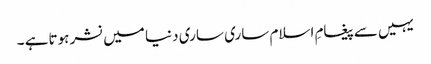
یہیں سےپیغامِ اسلام ساری ساری دنیا میں نشر ہوتاہے ۔